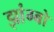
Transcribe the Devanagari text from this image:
झांग्बो